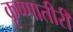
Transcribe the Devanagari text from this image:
कृष्णातीरी